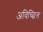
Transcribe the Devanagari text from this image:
अविच्छित्त